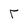
Character: T